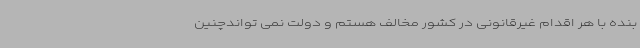
بنده با هر اقدام غیرقانونی در کشور مخالف هستم و دولت نمی تواندچنین